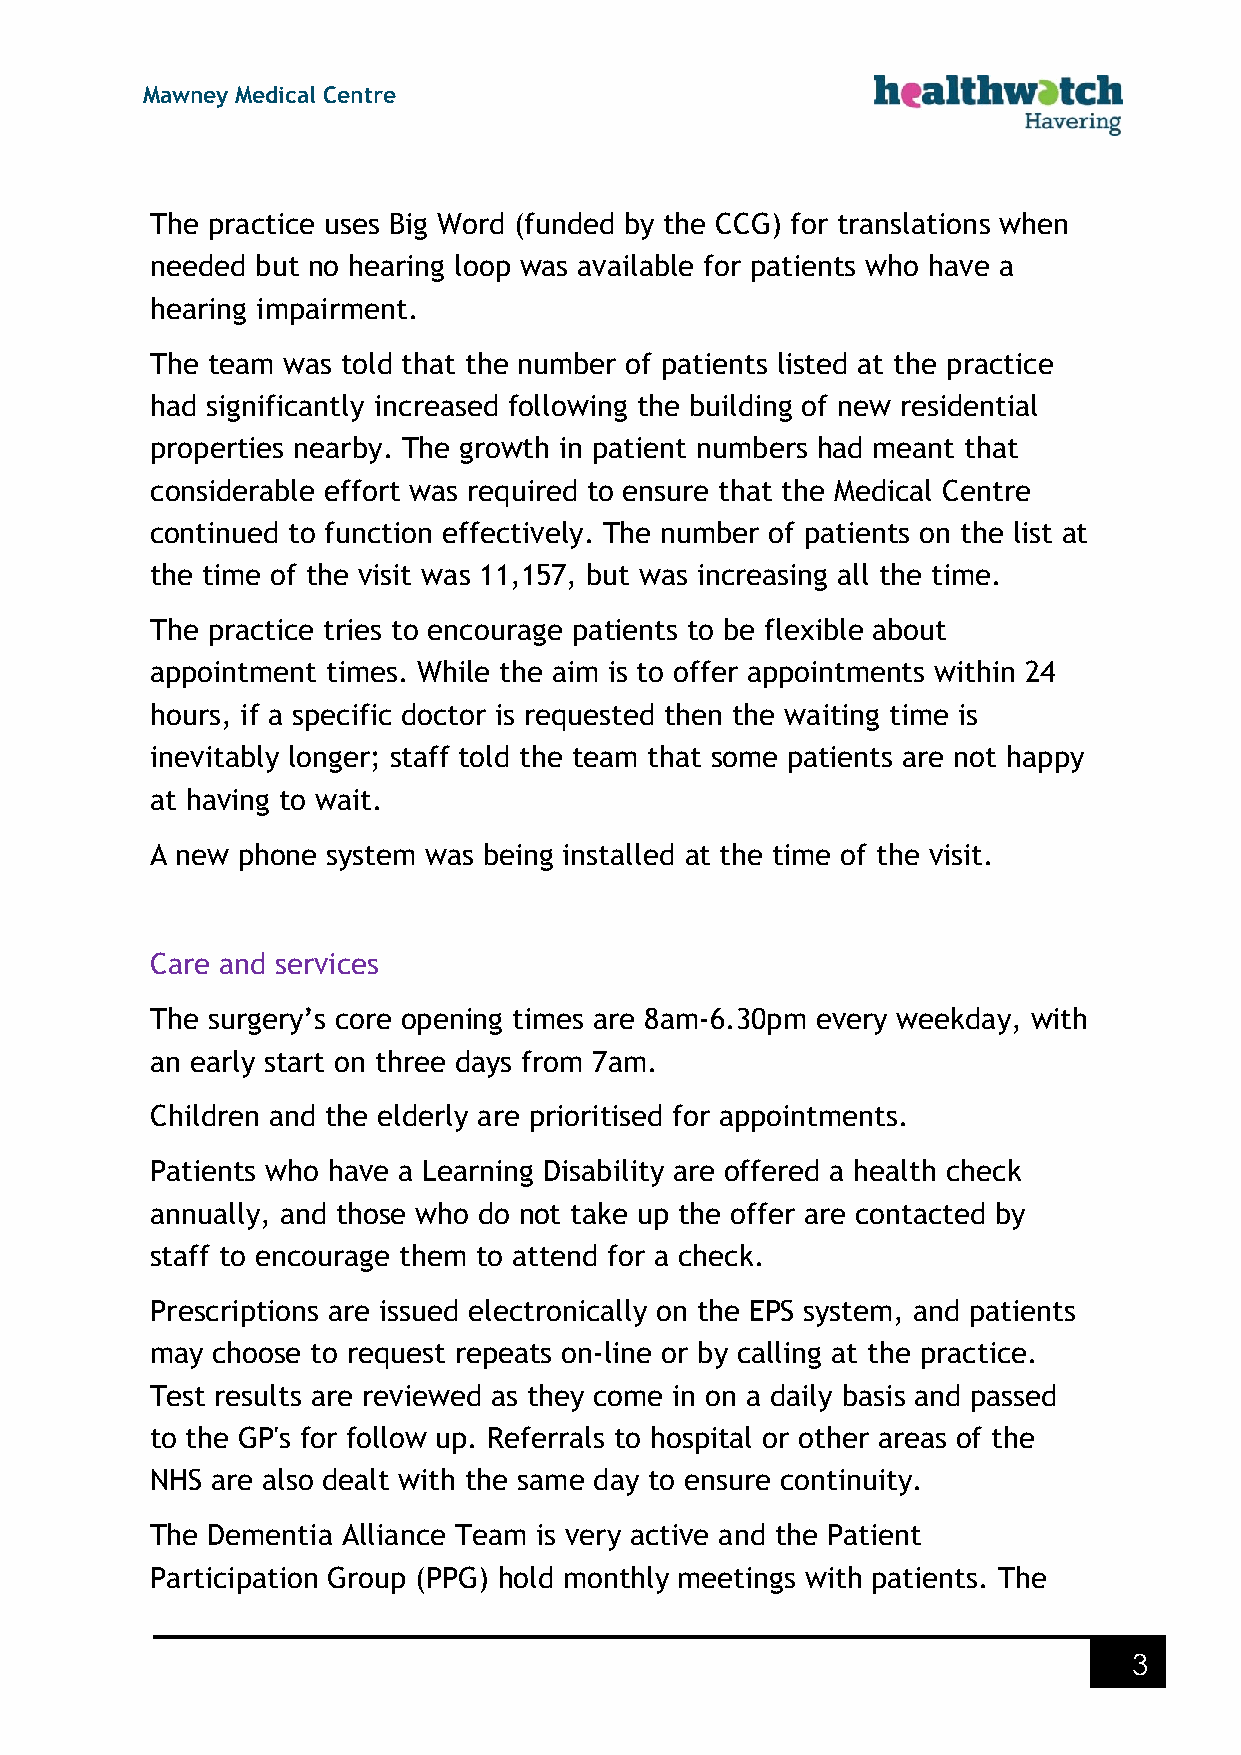
Mawney Medical Centre
 The practice uses Big Word (funded by the CCG) for translations when
 needed but no hearing loop was available for patients who have a
 hearing impairment.
 The team was told that the number of patients listed at the practice
 had significantly increased following the building of new residential
 properties nearby. The growth in patient numbers had meant that
 considerable effort was required to ensure that the Medical Centre
 continued to function effectively. The number of patients on the list at
 the time of the visit was 11,157, but was increasing all the time.
 The practice tries to encourage patients to be flexible about
 appointment times. While the aim is to offer appointments within 24
 hours, if a specific doctor is requested then the waiting time is
 inevitably longer; staff told the team that some patients are not happy
 at having to wait.
 A new phone system was being installed at the time of the visit.
 Care and services
 The surgery’s core opening times are 8am-6.30pm every weekday, with
 an early start on three days from 7am.
 Children and the elderly are prioritised for appointments.
 Patients who have a Learning Disability are offered a health check
 annually, and those who do not take up the offer are contacted by
 staff to encourage them to attend for a check.
 Prescriptions are issued electronically on the EPS system, and patients
 may choose to request repeats on-line or by calling at the practice.
 Test results are reviewed as they come in on a daily basis and passed
 to the GP's for follow up. Referrals to hospital or other areas of the
 NHS are also dealt with the same day to ensure continuity.
 The Dementia Alliance Team is very active and the Patient
 Participation Group (PPG) hold monthly meetings with patients. The
 3